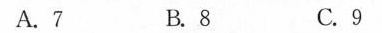
A.7 B.8 C.9